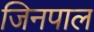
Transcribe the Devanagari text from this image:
जिनपाल